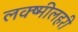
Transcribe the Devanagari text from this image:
लक्ष्मीलहरी